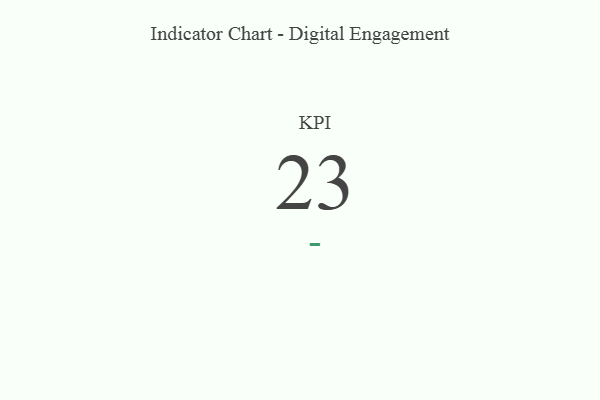
{"axis": {"x": "KPI", "y": "Value"}, "legend": [""], "data": [{"x": "KPI", "y": 23, "type": ""}]}